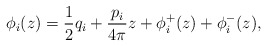
\begin{align*}\phi_i(z)=\frac{1}{2}q_i+\frac{p_i}{4\pi}z+\phi_i^+(z)+\phi_i^-(z),\end{align*}